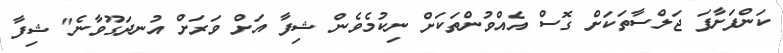
ކަންފަށާފަ ޖަލްސާތަކަށް ގޮސް އެއްވުންތަކަށް ނިކުމެވެން ޝިފާ އަށް ވަރަށް އުނދަގޫވާނެ" ޝިފާ